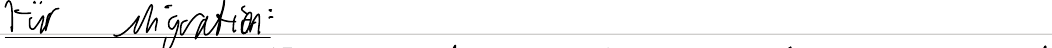
Für Migration: